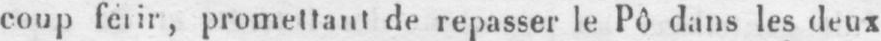
coup ferir promettant de repasser le Pô dans les deux